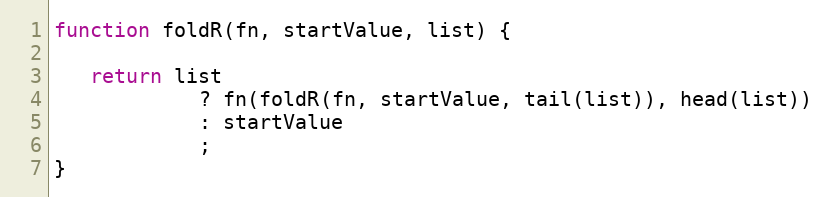
Language: JavaScript
function foldR(fn, startValue, list) {

   return list
            ? fn(foldR(fn, startValue, tail(list)), head(list))
            : startValue
            ;
}